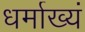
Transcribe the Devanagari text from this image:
धर्माख्यं